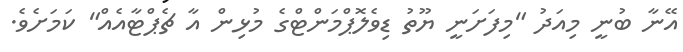
އޭނާ ބުނީ މިއަދު "މިފަށަނީ ޔޫތު ޑިވެލޮޕްމަންޓްގެ މުޅިން އާ ޗެޕްޓާއެއް" ކަމަށެވެ.